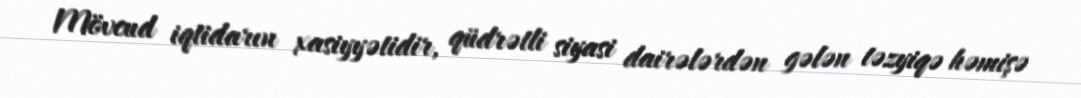
Mövcud iqtidarın xasiyyətidir, qüdrətli siyasi dairələrdən gələn təzyiqə həmişə